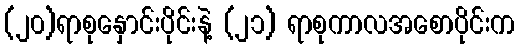
(၂၀)ရာစုနှောင်းပိုင်းနဲ့ (၂၁) ရာစုကာလအစောပိုင်းက